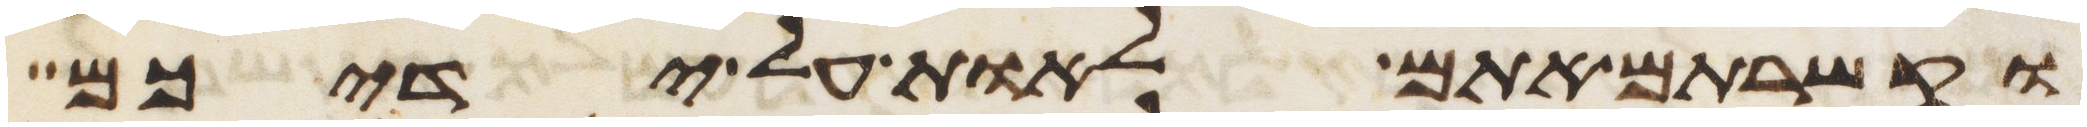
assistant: וקשרתם אתם לאות על ידיכם